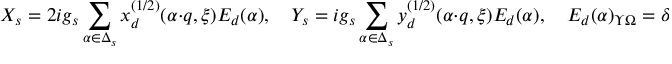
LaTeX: X _ { s } = 2 i g _ { s } \sum _ { \alpha \in \Delta _ { s } } x _ { d } ^ { ( 1 / 2 ) } ( \alpha \cdot q , \xi ) E _ { d } ( \alpha ) , \quad Y _ { s } = i g _ { s } \sum _ { \alpha \in \Delta _ { s } } y _ { d } ^ { ( 1 / 2 ) } ( \alpha \cdot q , \xi ) E _ { d } ( \alpha ) , \quad E _ { d } ( \alpha ) _ { \Upsilon \Omega } = \delta _ { \Upsilon - \Omega , 2 \alpha } .